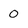
Character: 0